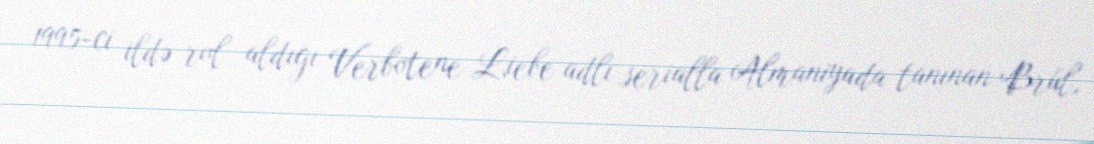
1995-ci ildə rol aldığı Verbotene Liebe adlı serialla Almaniyada tanınan Brül,